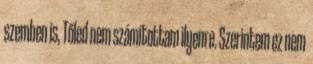
szemben is, Tőled nem számítottam ilyenre. Szerintem ez nem